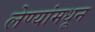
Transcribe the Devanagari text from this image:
लेण्यांमधून